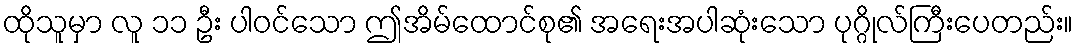
ထိုသူမှာ လူ ၁၁ ဦး ပါဝင်သော ဤအိမ်ထောင်စု၏ အရေးအပါဆုံးသော ပုဂ္ဂိုလ်ကြီးပေတည်း။